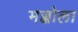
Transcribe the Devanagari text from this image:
मज्जोला